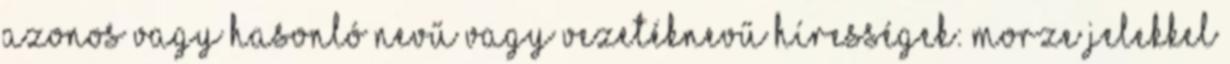
Azonos vagy hasonló nevű vagy vezetéknevű hírességek: Morze jelekkel